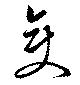
變